Insane asylums in Bengal annual reports 1876-1887 - 1876-1887
Year: 1876
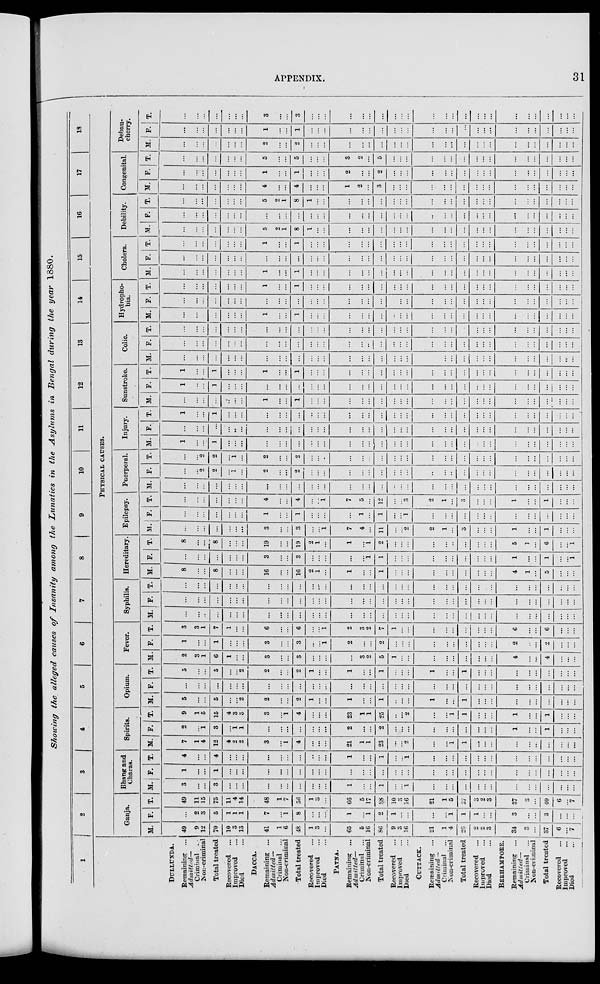
APPENDIX.
31
Showing the alleged causes of Insanity among the Lunatics in the Asylums in Bengal during the year 1880.
1
DULLUNDA.
Remaining ...
Admitted—
Criminal ...
Non-criminal
Total treated
Recovered ...
Improved ...
Died ...
DACCA.
Remaining ...
Admitted—
Criminal ...
Non-criminal
Total treated
Recovered ...
Improved ...
Died ...
PATNA.
Remaining ...
Admitted—
Criminal
...
Non-criminal
Total treated
Recovered ...
Improved ...
Died ...
CUTTACK.
Remaining ...
Admitted—
Criminal ...
Non-criminal
Total treated
Recovered ...
Improved ...
Died ...
BERHAMPORE.
Remaining ...
Admitted—
Criminal ...
Non-criminal
Total treated
Recovered ...
Improved ...
Died ...
2
3
4
5
6
7
8
9
10
11
12
13
14
15
16
17
18
PHYSICAL CAUSES.
Ganja.
M.
49
9
12
70
10
3
13
41
1
6
48
1
3
...
65
5
16
86
9
3
16
21
1
4
20
2
2
3
34
3
...
37
6
...
7
F.
...
2
3
5
1
1
1
7
...
1
8
...
...
...
1
...
1
2
1
...
...
...
...
1
1
1
...
...
3
...
...
3
...
...
...
T.
49
11
15
75
11
4
14
48
1
7
56
1
3
...
66
5
17
88
10
3
16
21
1
5
27
3
2
3
37
3
...
40
6
...
7
Bhang and
Charas.
M.
3
...
...
3
...
...
...
...
...
...
...
...
...
...
1
...
...
1
...
...
1
...
...
...
...
...
...
...
...
...
...
...
...
...
...
F.
1
...
...
1
...
...
...
...
...
...
...
...
...
...
...
...
...
...
...
...
...
...
...
...
...
...
...
...
...
...
...
...
...
...
...
T.
4
...
...
4
...
...
...
...
...
...
...
...
...
...
1
...
...
1
...
...
1
...
...
...
...
...
...
...
...
...
...
...
...
...
...
Spirits.
M.
7
1
4
12
4
2
2
3
...
1
4
...
...
...
21
1
1
23
...
...
2
...
...
1
1
...
...
...
...
...
...
...
...
...
...
F.
2
...
1
3
...
1
1
...
...
...
...
...
...
...
2
...
...
2
...
...
...
...
...
...
...
...
...
...
1
...
1
...
...
...
T.
9
1
5
15
4
3
3
3
...
1
4
...
...
...
23
1
1
25
...
...
2
...
...
1
1
...
...
...
1
...
...
1
...
...
...
Opium.
M.
5
...
...
5
...
...
2
2
...
...
2
1
...
...
1
...
...
1
...
...
...
1
...
...
1
...
...
...
...
...
...
...
...
...
...
F.
...
...
...
...
...
...
...
...
...
...
...
...
...
...
...
...
...
...
...
...
...
...
...
...
...
...
...
...
...
...
...
...
...
...
...
T.
5
...
...
5
...
...
2
2
...
...
2
1
...
...
1
...
...
1
...
...
...
1
...
...
1
...
...
...
...
...
...
...
...
...
...
Fever.
M.
2
3
1
6
1
...
...
3
...
...
3
...
...
...
...
3
2
5
1
...
...
...
...
...
...
...
...
...
4
...
...
4
...
...
...
F.
1
...
...
1
...
...
...
3
...
...
3
...
...
1
2
...
...
2
...
...
...
...
...
...
...
...
...
...
2
...
...
2
...
...
...
T.
3
3 1
7
1
...
...
6
...
...
6
...
...
1
2
3
2
7
1
...
...
...
...
...
...
...
...
...
6
...
...
6
...
...
...
Syphilis.
M.
...
...
...
...
...
...
...
...
...
...
...
...
...
...
...
...
...
...
...
...
...
...
...
...
...
...
...
...
...
...
...
...
...
...
...
F.
...
...
...
...
...
...
...
...
...
...
...
...
...
...
...
...
...
...
...
...
...
...
...
...
...
...
...
...
...
...
...
...
...
...
...
T.
...
...
...
...
...
...
...
...
...
...
...
...
...
...
...
...
...
...
...
...
...
...
...
...
...
...
...
...
...
...
...
...
...
...
...
Hereditary
M.
8
...
...
8
...
...
...
16
...
...
16
2
1
...
1
...
...
1
...
...
...
...
...
...
...
...
...
...
4
1
...
5
...
...
...
F.
...
...
...
...
...
...
...
3
...
...
3
...
...
...
...
...
1
1
...
...
...
...
...
...
...
...
...
...
1
...
...
1
...
...
1
T.
8
...
...
8
...
...
...
19
...
...
19
2
1
...
1
...
1
2
...
...
...
...
...
...
...
...
...
...
5
1
...
6
...
...
1
Epilepsy.
M.
...
...
...
...
...
...
...
3
...
...
3
...
...
1
7
4
...
11
...
...
2
2
1
...
3
...
...
...
1
...
...
1
...
...
...
F.
...
...
...
...
...
...
...
1
...
...
1
...
...
...
...
1
...
1
...
...
1
...
...
...
...
...
...
...
...
...
...
...
...
...
...
T.
...
...
...
...
...
...
...
4
...
...
4
...
...
1
7
5
...
12
...
...
3
2
1
...
3
...
...
...
1
...
...
1
...
...
...
Puerperal.
M.
...
...
...
...
...
...
...
...
...
...
...
...
...
...
...
...
...
...
...
...
...
...
...
...
...
...
...
...
...
...
...
...
...
...
...
F.
...
...
2
2
...
1
...
2
...
...
2
...
...
...
...
...
...
...
...
...
...
...
...
...
...
...
...
...
...
...
...
...
...
...
...
T.
...
...
2
2
...
1
...
2
...
...
2
...
...
...
...
...
...
...
...
...
...
...
...
...
...
...
...
...
...
...
...
...
...
...
...
Injury.
M.
1
...
...
1
...
...
...
...
...
...
...
...
...
...
...
...
...
...
...
...
...
...
...
...
...
...
...
...
...
...
...
...
...
...
...
F.
...
...
...
...
...
...
...
...
...
...
...
...
...
...
...
...
...
...
...
...
...
...
...
...
...
...
...
...
...
...
...
...
...
...
...
T.
1
...
...
1
...
...
...
...
...
...
...
...
...
...
...
...
...
...
...
...
...
...
...
...
...
...
...
...
...
...
...
...
...
...
...
Sunstroke.
M.
...
...
...
...
...
...
...
1
...
...
1
...
...
...
...
...
...
...
...
...
...
...
...
...
...
...
...
...
...
...
...
...
...
...
...
F.
1
...
...
1
...
...
...
...
...
...
...
...
...
...
...
...
...
...
...
...
...
...
...
...
...
...
...
...
...
...
...
...
...
...
...
T.
1
...
...
1
...
...
...
1
...
...
1
...
...
...
...
...
...
...
...
...
...
...
...
...
...
...
...
...
...
...
...
...
...
...
...
Colic.
M.
...
...
...
...
...
...
...
...
...
...
...
...
...
...
...
...
...
...
...
...
...
...
...
...
...
...
...
...
...
...
...
...
...
...
...
F.
...
...
...
...
...
...
...
...
...
...
...
...
...
...
...
...
..
...
...
...
...
...
...
...
...
...
...
...
...
...
...
...
...
...
...
T.
...
...
...
...
...
...
...
...
...
...
...
...
...
...
...
...
...
...
...
...
...
...
...
...
...
...
...
...
...
...
...
...
...
...
...
Hydropho-
bia.
M.
...
...
..
...
...
...
...
1
...
...
1
...
...
...
...
...
...
...
...
...
...
...
...
...
...
...
...
...
...
...
...
...
...
...
...
F.
...
...
...
...
...
...
...
...
...
...
...
...
...
...
...
...
...
...
...
...
...
...
...
...
...
...
...
...
...
...
...
...
...
...
...
T.
...
...
...
...
...
...
...
1
...
...
1
...
...
...
...
...
...
...
...
...
...
...
...
...
...
...
...
...
...
...
...
...
...
...
...
Cholera.
M.
...
...
...
...
...
...
...
1
...
...
1
...
...
...
...
...
...
...
...
...
...
...
...
...
...
...
...
...
...
...
...
...
...
...
...
F.
...
...
...
...
...
...
...
...
...
...
...
...
...
...
...
...
...
...
...
...
...
...
...
...
...
...
...
...
...
...
...
...
...
...
...
T.
...
...
...
...
...
...
...
1
...
...
1
...
...
...
...
...
...
...
...
...
...
...
...
...
...
...
...
...
...
...
...
...
...
...
...
Debility.
M.
...
...
...
...
...
...
...
5
2
1
8
1
...
...
...
...
...
...
...
...
...
...
...
...
...
...
...
...
...
...
...
...
...
...
...
F.
...
...
...
...
...
...
...
...
...
...
...
...
...
...
...
...
...
...
...
...
...
...
...
...
...
...
...
...
...
...
...
...
...
...
...
T.
...
...
...
...
...
...
...
5
2
1
8
1
...
...
...
...
...
...
...
...
...
...
...
...
...
...
...
...
...
...
...
...
...
...
...
Congenital.
M.
...
...
...
...
...
...
...
4
...
...
4
...
...
...
1
2
...
3
...
...
...
...
...
...
...
...
...
...
...
...
...
...
...
...
...
F.
...
...
...
...
...
...
...
1
...
...
1
...
...
...
2
...
...
2
...
...
...
...
...
...
...
...
...
...
...
...
...
...
...
...
...
T.
...
...
...
...
...
...
...
5
...
...
5
...
...
...
3
2
...
5
...
...
...
...
...
...
...
...
...
...
...
...
...
...
...
...
...
Debau¬
cherry.
M.
...
...
...
...
...
...
...
2
...
...
2
...
...
...
...
...
...
...
...
...
...
...
...
...
...
...
...
...
...
...
...
...
...
...
...
F.
...
...
...
...
...
...
...
1
...
...
1
...
...
...
...
...
...
...
...
...
...
...
...
...
...
...
...
...
...
...
...
...
...
...
...
T.
...
...
...
...
...
...
...
3
...
...
3
...
...
...
...
...
...
...
...
...
...
...
...
...
...
...
...
...
...
...
...
...
...
...
...